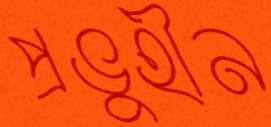
প্রভুহীন